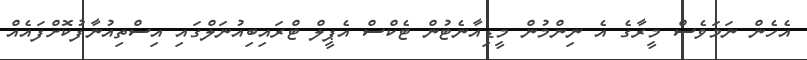
އެހެން ނަމަވެސް މީރާގެ އެ ނިންމުން މީޑިއާނެޓުން ޓެކްސް އެޕީލް ޓްރައިބިއުނަލްގައި އިސްތިއުނާފުކޮށްފައެއް